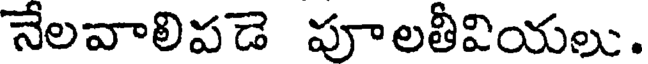
నేలవాలిపడె పూలతీవియలు.